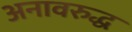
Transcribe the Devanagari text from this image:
अनावरुद्ध